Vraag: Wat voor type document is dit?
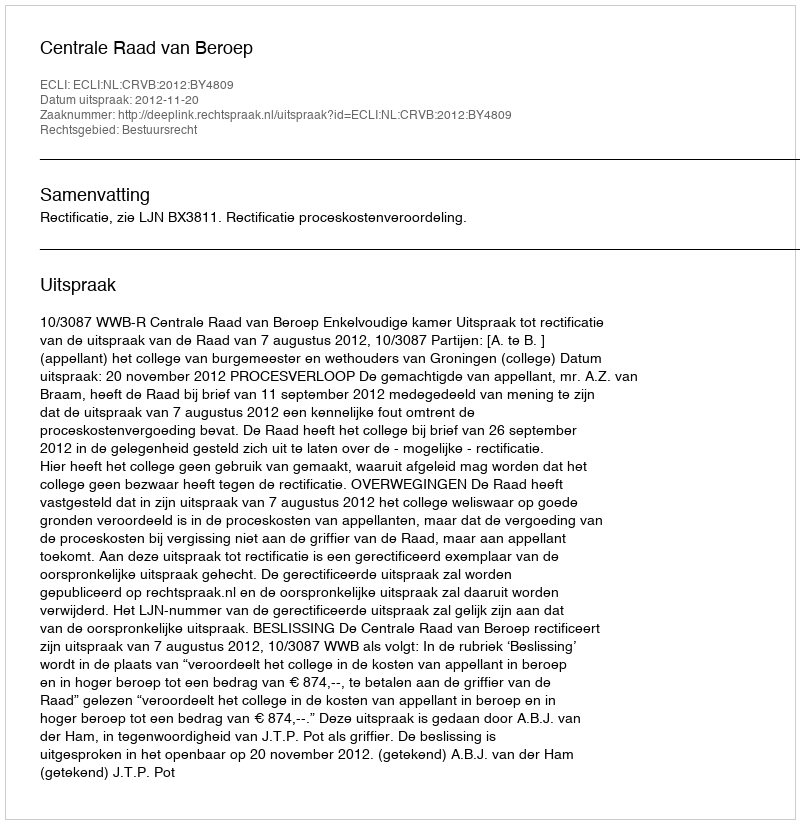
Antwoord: Uitspraak